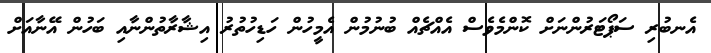
އެނބުރި ސަޕޯޓަރުންނަށް ކޮންމެވެސް އެއްޗެއް ބުނުމުން އެމީހުން ހަޑިހުތުރު އިޝާރާތުންނާއި ބަހުން އޭނާއަށް